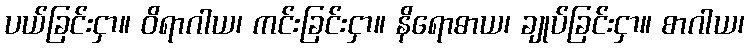
ပယ်ခြင်းငှာ။ ဝိရာဂါယ၊ ကင်းခြင်းငှာ။ နိရောဓာယ၊ ချုပ်ခြင်းငှာ။ စာဂါယ၊